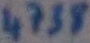
Text: 4738